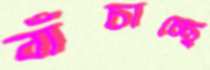
বাঁচাচ্ছে